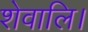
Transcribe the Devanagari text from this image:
शेवालि।